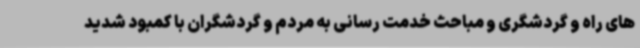
های راه و گردشگری و مباحث خدمت رسانی به مردم و گردشگران با کمبود شدید